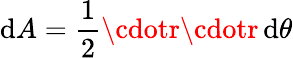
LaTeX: \mathrm{d}A={\frac{{1}}{{2}}}\cdotr\cdotr\, \mathrm{d}\theta